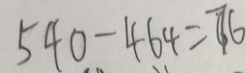
5 4 0 - 4 6 4 = 7 6